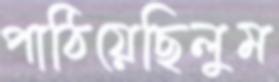
পাঠিয়েছিলুম